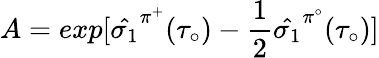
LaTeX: A=exp[\hat{\sigma_{1}}^{\pi^{+}}(\tau_{\circ})-\frac{1}{2}\hat{\sigma_{1}}^{\pi^{\circ}}(\tau_{\circ})]